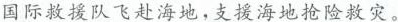
材料二北京时间2010年1月13日5时53分，海地